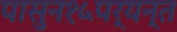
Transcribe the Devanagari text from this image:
पासुन१५पर्यन्त